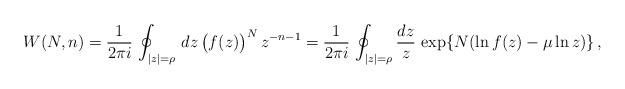
LaTeX: \begin{align*} W(N,n) = \frac{1}{2\pi i} \, \oint_{|z|=\rho} \, dz \, \bigl( f(z) \bigr)^N \, z^{-n-1} = \frac{1}{2\pi i} \, \oint_{|z|=\rho} \frac{dz}{z} \, \exp \{ N ( \ln f(z) - \mu \ln z ) \} \,,\end{align*}